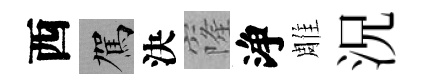
西駕決窿浄雕況